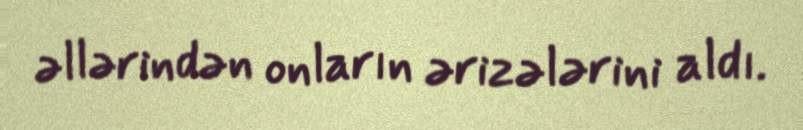
əllərindən onların ərizələrini aldı.